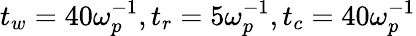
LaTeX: t_{w}=40\omega_{p}^{-1},t_{r}=5\omega_{p}^{-1},t_{c}=40\omega_{p}^{-1}